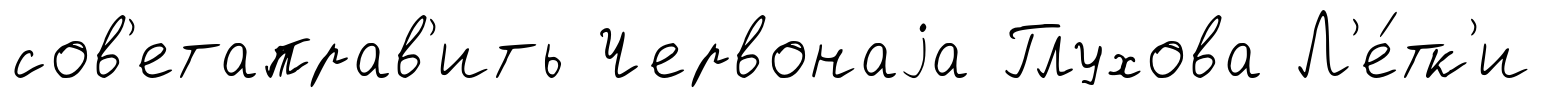
сов'етаправ'ить Червонаjа Глухова Л'е́тк'и